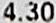
4.30